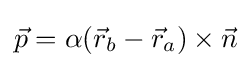
{\vec {p}}=\alpha ({\vec {r}}_{b}-{\vec {r}}_{a})\times {\vec {n}}